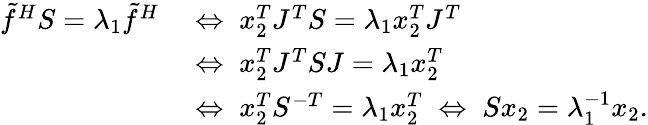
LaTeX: \begin{array}{rl}{\tilde{f}^{H}S=\lambda_{1}\tilde{f}^{H}\; }&{\Leftrightarrow\; x_{2}^{T}J^{T}S=\lambda_{1}x_{2}^{T}J^{T}}\\ &{\Leftrightarrow\; x_{2}^{T}J^{T}SJ=\lambda_{1}x_{2}^{T}}\\ &{\Leftrightarrow\; x_{2}^{T}S^{-T}=\lambda_{1}x_{2}^{T}\; \Leftrightarrow\; Sx_{2}=\lambda_{1}^{-1}x_{2}.}\end{array}